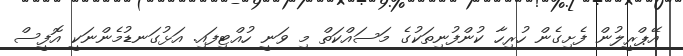
އޭޕްރީލުން ފެށިގެން ހުރިހާ ކުންފުނިތަކުގެ މަސައްކަތް މި ވަނީ ހުއްޓިފައި. އަޅުގަނޑުމެންނަކީ އޮފީސް